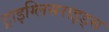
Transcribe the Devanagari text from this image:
ट्राइग्लिसराइड्स